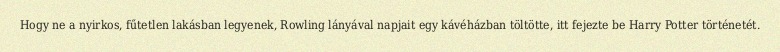
Hogy ne a nyirkos, fűtetlen lakásban legyenek, Rowling lányával napjait egy kávéházban töltötte, itt fejezte be Harry Potter történetét.